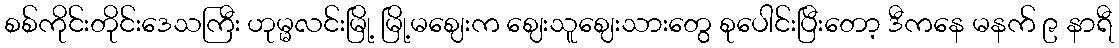
စစ်ကိုင်းတိုင်းဒေသကြီး ဟုမ္မလင်းမြို့ မြို့မဈေးက ဈေးသူဈေးသားတွေ စုပေါင်းပြီးတော့ ဒီကနေ မနက် ၉ နာရီ